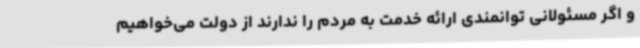
و اگر مسئولانی توانمندی ارائه خدمت به مردم را ندارند از دولت می‌خواهیم